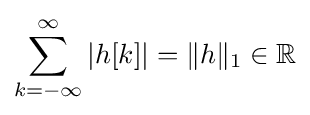
\sum _{k=-\infty }^{\infty }{\left|h[k]\right|}=\|h\|_{1}\in \mathbb {R}